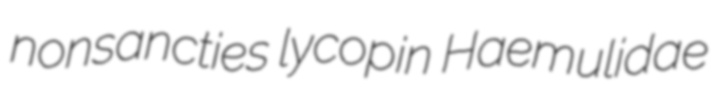
nonsancties lycopin Haemulidae